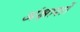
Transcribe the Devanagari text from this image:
अंक्षाशों